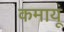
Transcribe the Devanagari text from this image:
कमायूं